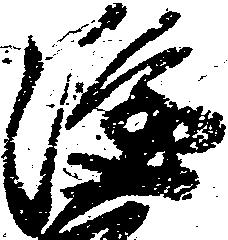
隆